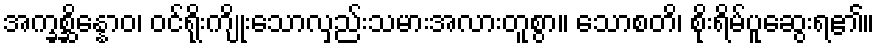
အက္ခစ္ဆိန္နောဝ၊ ဝင်ရိုးကျိုးသောလှည်းသမားအလားတူစွာ။ သောစတိ၊ စိုးရိမ်ပူဆွေးရ၏။